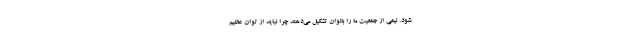
شود. نیمی از جمعیت ما را بانوان تشکیل می‌دهند چرا نباید از توان عظیم